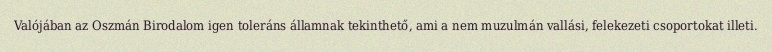
Valójában az Oszmán Birodalom igen toleráns államnak tekinthető, ami a nem muzulmán vallási, felekezeti csoportokat illeti.